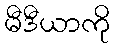
မီဒီယာကို